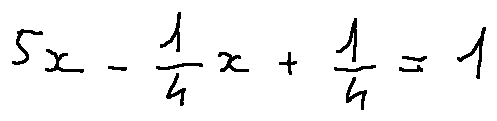
5 x - \frac { 1 } { 4 } x + \frac { 1 } { 4 } = 1